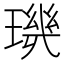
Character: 𱯠